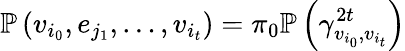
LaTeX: \mathbb{P}\left(v_{i_{0}},e_{j_{1}},\dots,v_{i_{t}}\right)=\pi_{0}\mathbb{P}\left(\gamma_{v_{i_{0}},v_{i_{t}}}^{2t}\right)